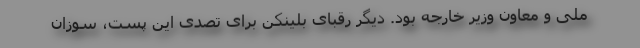
ملی و معاون وزیر خارجه بود. دیگر رقبای بلینکن برای تصدی این پست، سوزان